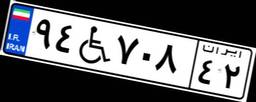
۹۴W۷۰۸۴۲